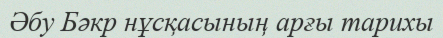
Әбу Бәкр нұсқасының арғы тарихы